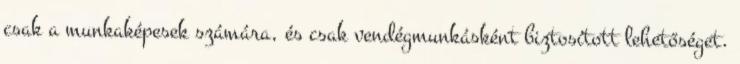
csak a munkaképesek számára, és csak vendégmunkásként biztosított lehetőséget.